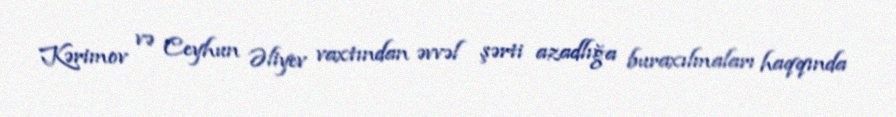
Kərimov və Ceyhun Əliyev vaxtından əvvəl şərti azadlığa buraxılmaları haqqında